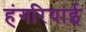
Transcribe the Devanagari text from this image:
हंगरियाई